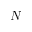
N